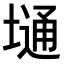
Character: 𫮢